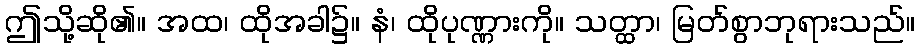
ဤသို့ဆို၏။ အထ၊ ထိုအခါ၌။ နံ၊ ထိုပုဏ္ဏားကို။ သတ္ထာ၊ မြတ်စွာဘုရားသည်။